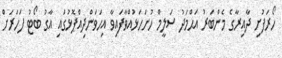
ހޯރަފުށި ދާއިރާގެ މެންބަރު އަޙްމަދު ސަލީމް ހުށަހަޅުއްވާފައިވާ އިހަވަންދިއްޕޮޅުގައި އާގު ބޯޓު ފަހަރަށް